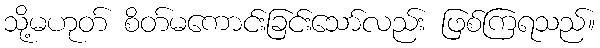
သို့မဟုတ် စိတ်မကောင်းခြင်းသော်လည်း ဖြစ်ကြရသည်။